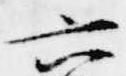
六